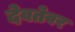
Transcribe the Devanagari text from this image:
देवतेवर